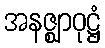
အနဇ္ဈာဝုဋ္ဌံ